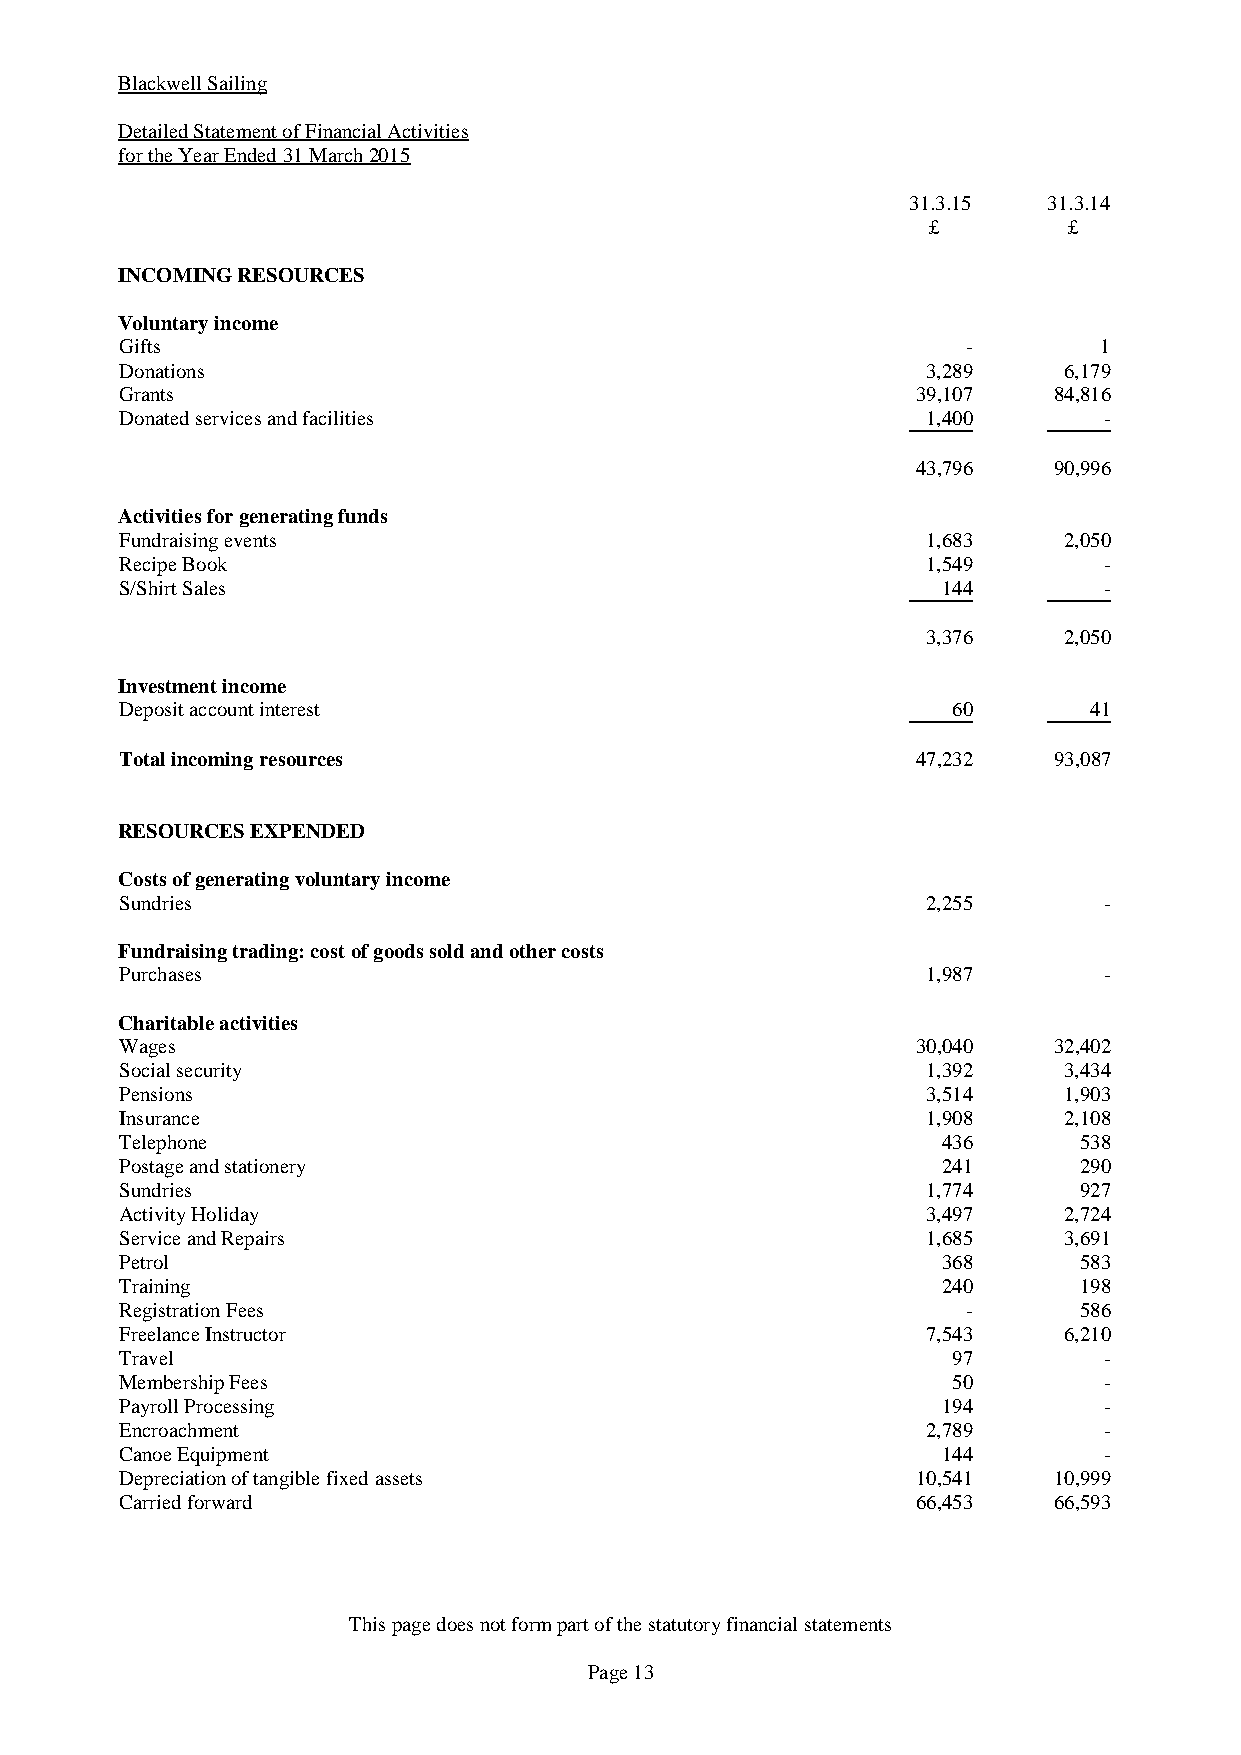
Blackwell Sailing
 Detailed Statement of Financial Activities
 for the Year Ended 31 March 2015
 31.3.15  31.3.14
 £         £
 INCOMING RESOURCES
 Voluntary income
 Gifts                                                   -        1
 Donations                                            3,289    6,179
 Grants                                               39,107   84,816
 Donated services and facilities                      1,400       -
 43,796   90,996
 Activities for generating funds
 Fundraising events                                   1,683    2,050
 Recipe Book                                          1,549       -
 S/Shirt Sales                                         144        -
 3,376    2,050
 Investment income
 Deposit account interest                               60       41
 Total incoming resources                             47,232   93,087
 RESOURCES EXPENDED
 Costs of generating voluntary income
 Sundries                                             2,255       -
 Fundraising trading: cost of goods sold and other costs
 Purchases                                            1,987       -
 Charitable activities
 Wages                                                30,040   32,402
 Social security                                      1,392    3,434
 Pensions                                             3,514    1,903
 Insurance                                            1,908    2,108
 Telephone                                             436      538
 Postage and stationery                                241      290
 Sundries                                             1,774     927
 Activity Holiday                                     3,497    2,724
 Service and Repairs                                  1,685    3,691
 Petrol                                                368      583
 Training                                              240      198
 Registration Fees                                       -      586
 Freelance Instructor                                 7,543    6,210
 Travel                                                 97        -
 Membership Fees                                        50        -
 Payroll Processing                                    194        -
 Encroachment                                         2,789       -
 Canoe Equipment                                       144        -
 Depreciation of tangible fixed assets                10,541   10,999
 Carried forward                                      66,453   66,593
 This page does not form part of the statutory financial statements
 Page 13